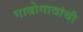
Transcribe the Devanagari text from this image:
गावोगावांची